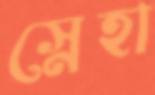
স্নেহা